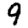
Digit: 9